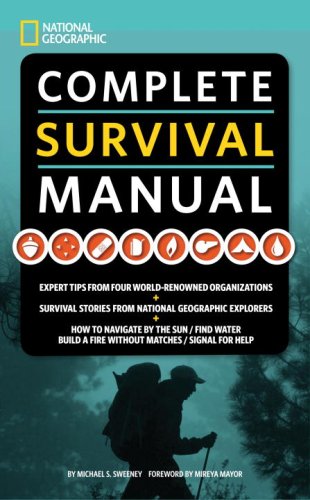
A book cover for National Geographic Complete Survival Manual; Michael Sweeney; Sports & Outdoors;